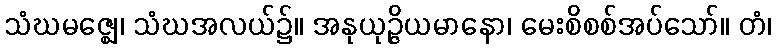
သံဃမဇ္ဈေ၊ သံဃအလယ်၌။ အနုယုဉ္ဇိယမာနော၊ မေးစိစစ်အပ်သော်။ တံ၊